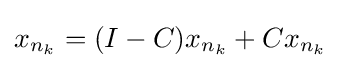
{\textstyle x_{n_{k}}=(I-C)x_{n_{k}}+Cx_{n_{k}}}